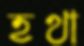
হথা